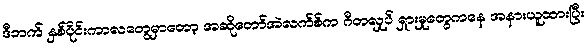
ဒီဘက် နှစ်ပိုင်းကာလတွေမှာတော့ အဆိုတော်အဲလက်စ်က ဂီတလှုပ် ရှားမှုတွေကနေ အနားယူထားပြီး